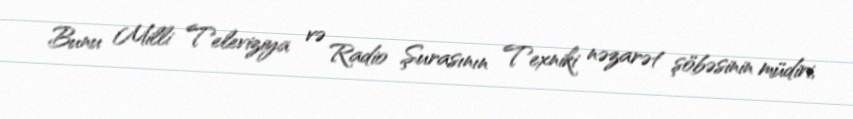
Bunu Milli Televiziya və Radio Şurasının Texniki nəzarət şöbəsinin müdiri,